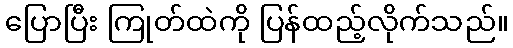
ပြောပြီး ကြုတ်ထဲကို ပြန်ထည့်လိုက်သည်။